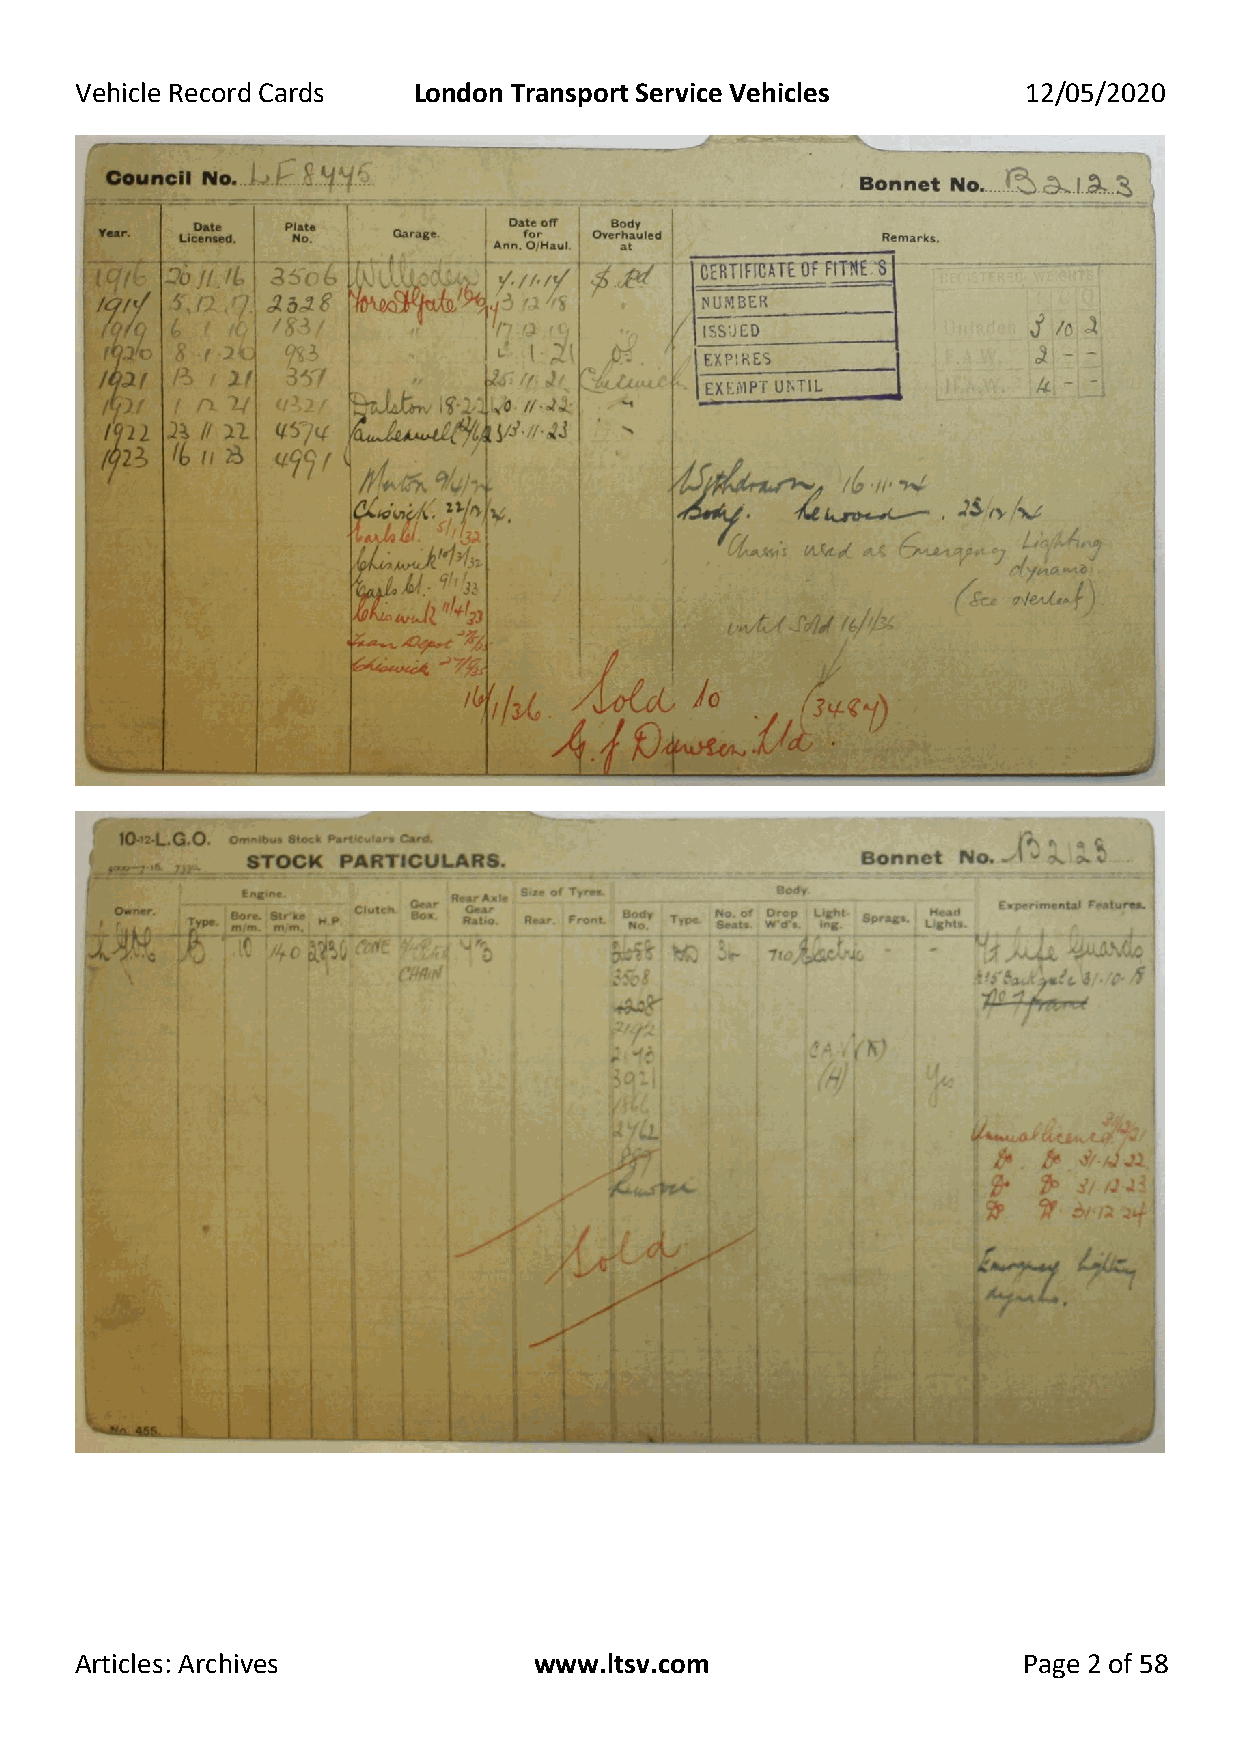
Vehicle Record Cards  London Transport Service Vehicles        12/05/2020
 Articles: Archives            www.ltsv.com                     Page 2 of 58